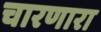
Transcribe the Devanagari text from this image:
चारणारा